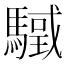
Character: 𩥳